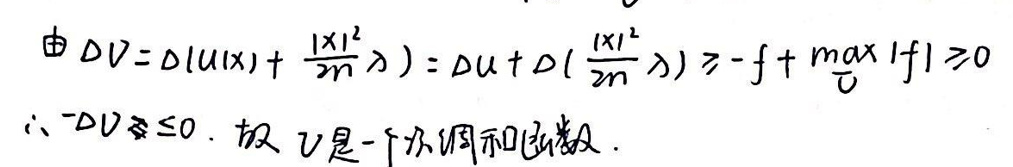
由\(DV = D(u|x| + \frac{|x|^2}{2n}\lambda) = Du + D(\frac{|x|^2}{2n}\lambda) \geq -f + \max_{\Omega}|f| \geq 0\)

\(\therefore -DV \leq 0\)，故\(V\)是一个下调和函数。